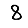
Digit: 8